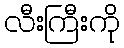
လီးကြီးကို